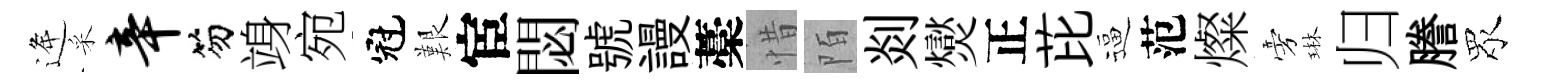
逄采辛笏竧宛冠艱宦閟號謾藁惜陌剡爕正芘逼范燦旁琳归謄眾